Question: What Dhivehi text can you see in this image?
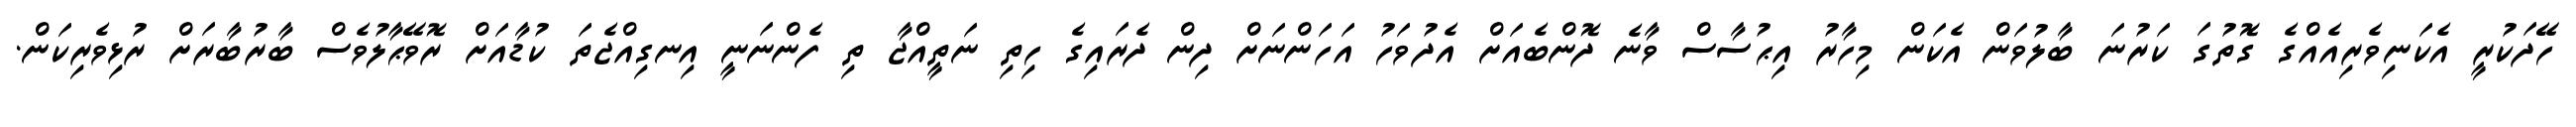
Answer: ހޭދަކުރީ އެކަނިވެރިއެއްގެ ގޮތުގަ ކަރުނަ ބާލުވަން އެކަން މިހާރު އިޙުސާސް ވާނެ ދޮންބެއަށް އެދުވަހު އަހަންނަށް ދިން ދެރައިގެ ހިތި ނަތީއްޖާ ތި ފެންނަނީ އިނގިއްޖެތަ ކުޑާއަށް ރޮވޭޙާލުވެސް ބާރުބާރަށް ރުޅިވެރިކަން.